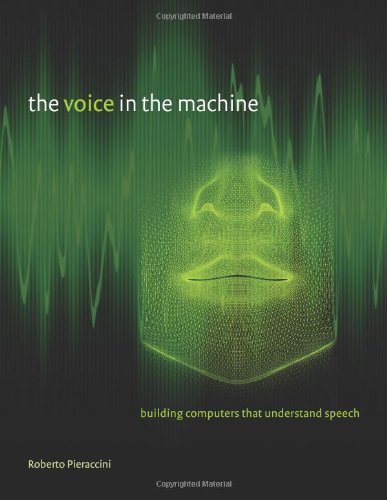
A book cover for The Voice in the Machine: Building Computers That Understand Speech; Roberto Pieraccini; Computers & Technology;